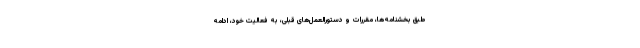
طبق بخشنامه‌ها، مقررات و دستورالعمل‌های قبلی، به فعالیت خود، ادامه